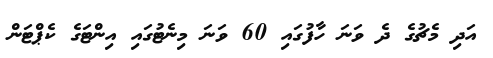
އަދި މެޗުގެ ދެ ވަނަ ހާފުގައި 60 ވަނަ މިނެޓުގައި އިންޓަގެ ކެޕްޓަން